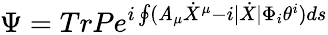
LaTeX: \Psi=TrPe^{i\oint(\mathit{A}_{\mu}\dot{{X}}^{\mu}-i|\dot{{X}}|\Phi_{i}\theta^{i})ds}